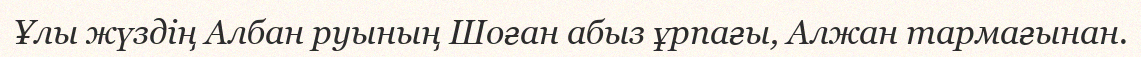
Ұлы жүздің Албан руының Шоған абыз ұрпағы, Алжан тармағынан.